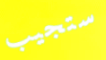
ستجيب